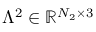
\mathbb { \Lambda } ^ { 2 } \in \mathbb { R } ^ { N _ { 2 } \times 3 }